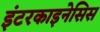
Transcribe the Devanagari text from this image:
इंटरकाइनेसिस